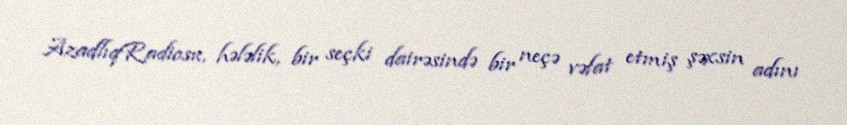
AzadlıqRadiosu, hələlik, bir seçki dairəsində bir neçə vəfat etmiş şəxsin adını